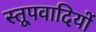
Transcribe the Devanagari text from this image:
स्तूपवादियों